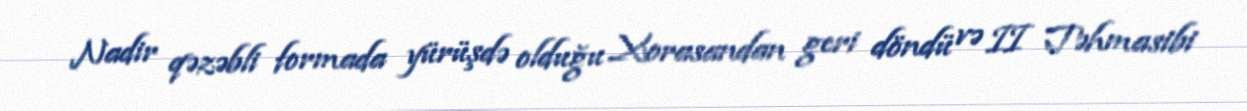
Nadir qəzəbli formada yürüşdə olduğu Xorasandan geri döndü və II Təhmasibi